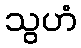
သွဟံ